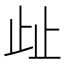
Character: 𣥖